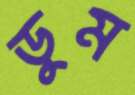
ডুম